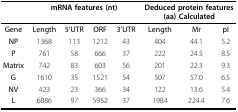
|  | <COLSPAN=4> mRNA features (nt) | <COLSPAN=3> Deduced protein features (aa) Calculated |
 | Gene | Length | 5'UTR | ORF | 3'UTR | Length | Mr | pI |
 | --- | --- | --- | --- | --- | --- | --- | --- |
 | NP | 1368 | 113 | 1212 | 43 | 404 | 44.1 | 5.2 |
 | P | 761 | 58 | 666 | 37 | 222 | 24.5 | 8.5 |
 | Matrix | 742 | 83 | 603 | 56 | 201 | 22.3 | 9.3 |
 | G | 1610 | 35 | 1521 | 54 | 507 | 57.0 | 6.5 |
 | NV | 423 | 23 | 366 | 34 | 122 | 13.6 | 5.4 |
 | L | 6086 | 97 | 5952 | 37 | 1984 | 224.4 | 7.6 |